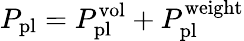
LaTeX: P_{\mathrm{pl}}=P_{\mathrm{pl}}^{\mathrm{vol}}+P_{\mathrm{pl}}^{\mathrm{weight}}